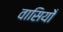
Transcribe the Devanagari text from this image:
वासियोँ